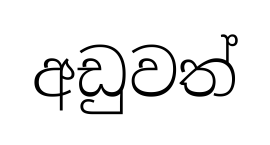
අඩුවත්